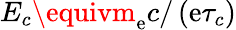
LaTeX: E_{c}\equivm_{\mathrm{e}}c/\left(\mathrm{e}\tau_{c}\right)